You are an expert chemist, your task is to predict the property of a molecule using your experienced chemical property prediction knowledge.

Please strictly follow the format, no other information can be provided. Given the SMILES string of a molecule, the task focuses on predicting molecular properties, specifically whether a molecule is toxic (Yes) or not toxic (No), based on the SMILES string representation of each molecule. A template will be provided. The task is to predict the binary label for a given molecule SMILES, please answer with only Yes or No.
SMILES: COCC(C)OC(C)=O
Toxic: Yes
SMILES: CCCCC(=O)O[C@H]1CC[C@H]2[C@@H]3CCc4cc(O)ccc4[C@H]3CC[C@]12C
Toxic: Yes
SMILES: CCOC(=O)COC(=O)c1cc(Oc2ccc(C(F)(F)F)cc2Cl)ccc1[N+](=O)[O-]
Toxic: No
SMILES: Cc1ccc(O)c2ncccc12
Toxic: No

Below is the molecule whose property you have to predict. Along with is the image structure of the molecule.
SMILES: CC(C)(C)CCCCCCOC(=O)c1ccccc1C(=O)OCCCCCCC(C)(C)C
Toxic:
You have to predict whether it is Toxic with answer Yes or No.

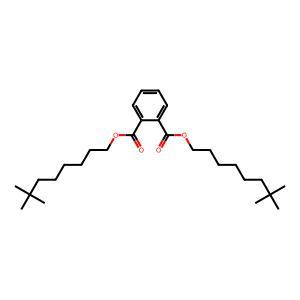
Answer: No